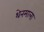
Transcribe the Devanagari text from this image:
थेनमाला